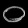
Digit: ၀